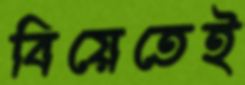
বিয়েতেই